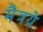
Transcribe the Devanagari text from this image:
मैत्रये